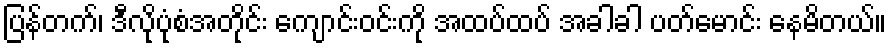
ပြန်တက်၊ ဒီလိုပုံစံအတိုင်း ကျောင်းဝင်းကို အထပ်ထပ် အခါခါ ပတ်မောင်း နေမိတယ်။